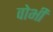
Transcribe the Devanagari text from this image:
वोभी